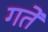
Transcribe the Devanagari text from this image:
गतें